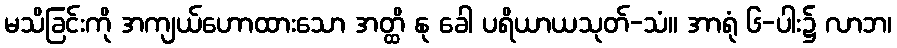
မသိခြင်းကို အကျယ်ဟောထားသော အတ္ထိ နု ခေါ ပရိယာယသုတ်-သံ။ အာရုံ ၆-ပါး၌ လာဘ၊